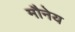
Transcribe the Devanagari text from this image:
मौनेय